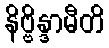
နိဗ္ဗိန္ဒာမီတိ